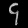
Digit: ၄